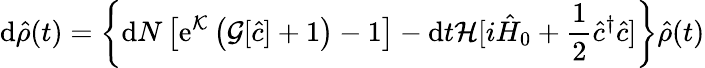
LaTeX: \mathrm{d}\hat{\rho}(t)=\left\{ \mathrm{d}N\left[\mathrm{e}^{\mathcal{K}}\left(\mathcal{G}[\hat{c}]+1\right)-1\right]-\mathrm{d}t\mathcal{H}[i\hat{H}_{0}+\frac{1}{2}\hat{c}^{\dagger}\hat{c}]\right\} \hat{\rho}(t)